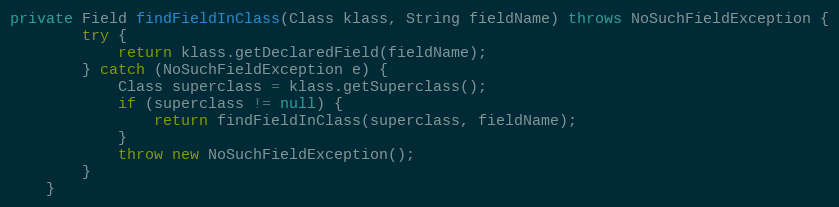
Language: Java
private Field findFieldInClass(Class klass, String fieldName) throws NoSuchFieldException {
        try {
            return klass.getDeclaredField(fieldName);
        } catch (NoSuchFieldException e) {
            Class superclass = klass.getSuperclass();
            if (superclass != null) {
                return findFieldInClass(superclass, fieldName);
            }
            throw new NoSuchFieldException();
        }
    }